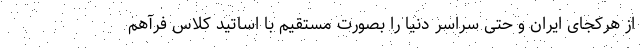
از هرکجای ایران و حتی سراسر دنیا را بصورت مستقیم با اساتید کلاس فرآهم